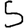
Digit: 5